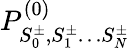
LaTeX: P_{S_{0}^{\pm},S_{1}^{\pm}\ldots S_{N}^{\pm}}^{(0)}